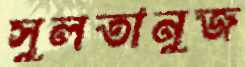
সুলতানুজ